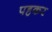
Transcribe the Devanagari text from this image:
पहकर